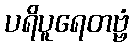
ပရိပူရေတဗ္ဗံ